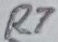
Text: R7